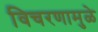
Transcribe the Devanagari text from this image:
विचरणामुळे